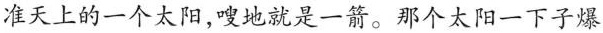
准天上的一个太阳，嗖地就是一箭。那个太阳一下子爆